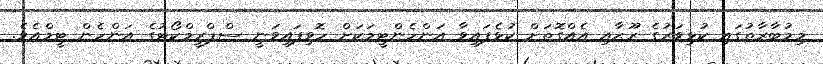
މިމުބާރާތުގައި ކުޅިވަރުގެ ރޫޙާއި އެއްގޮތަށް ކުޅެފައިވާ އަންހެންޓީމަކަށް ހޮވިފައިވަނީ ސްޕްރީމްކޯޓުގެ އަންހެން ޓީމްއެވެ.